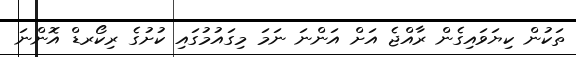
ތަކުން ކިޔަވައިގެން ރާއްޖެ އަށް އަންނަ ނަމަ މިގައުމުގައި ކުށުގެ ރިކޯރޑް އޮންނަ